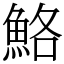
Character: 鮥